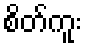
စိတ်ကူး